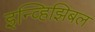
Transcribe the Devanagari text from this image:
इन्व्हिझिबल